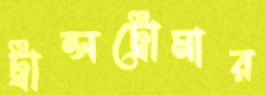
ট্রান্সট্রোমার